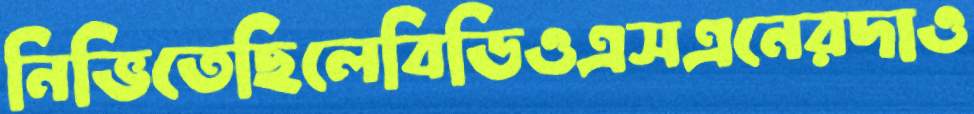
নিভিতেছিলেবিডিওএসএনেরদাও